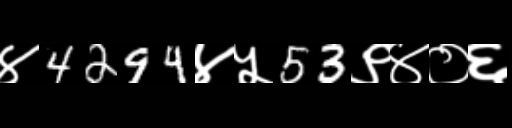
Text: ४4294४५53९४०६